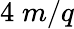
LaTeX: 4\; m/q